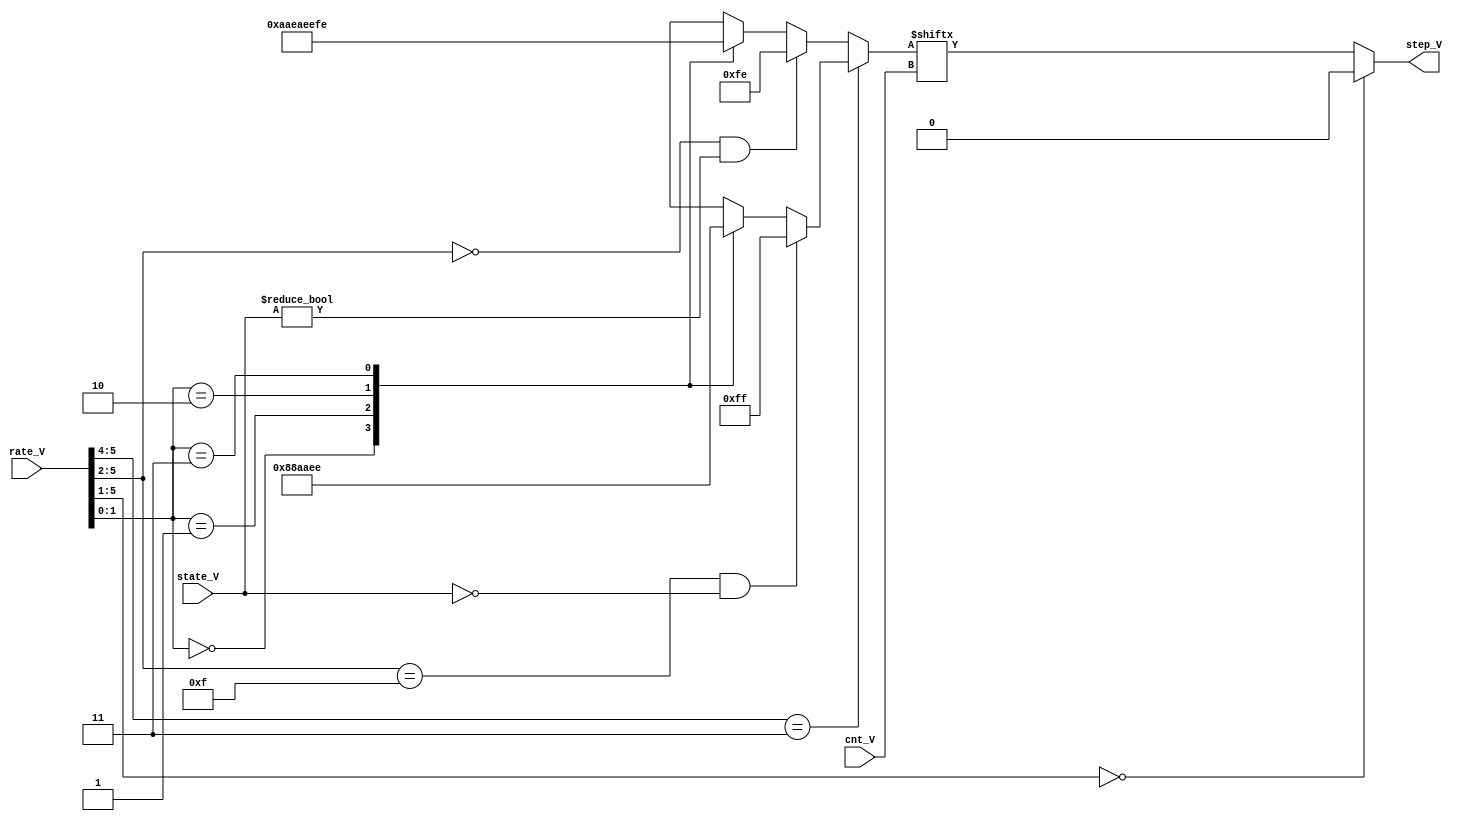
/*
+---------------------------------------------------------------------------------------------------------------------------------------------------------------------------------------+
| Module             | Partition | Slices*       | Slice Reg     | LUTs          | LUTRAM        | BRAM/FIFO | DSP48A1 | BUFG  | BUFIO | BUFR  | DCM   | PLL_ADV   | Full Hierarchical  |
+---------------------------------------------------------------------------------------------------------------------------------------------------------------------------------------+
| eg_step/           |           | 3/3           | 0/0           | 7/7           | 0/0           | 0/0       | 0/0     | 0/0   | 0/0   | 0/0   | 0/0   | 0/0       | eg_step            |
+---------------------------------------------------------------------------------------------------------------------------------------------------------------------------------------+
*/

module eg_step(
	input [2:0] state_V,
	input [5:0] rate_V,
	input [2:0] cnt_V,
	output reg step_V
);

localparam ATTACK=3'd0, DECAY1=3'd1, DECAY2=3'd2, RELEASE=3'd7, HOLD=3'd3;
reg [7:0] step_idx;

always @(*) begin : rate_step
	if( rate_V[5:4]==2'b11 ) begin // 0 means 1x, 1 means 2x
		if( rate_V[5:2]==4'hf && state_V == ATTACK)
			step_idx = 8'b11111111; // Maximum attack speed, rates 60&61
		else
		case( rate_V[1:0] )
			2'd0: step_idx = 8'b00000000;
			2'd1: step_idx = 8'b10001000; // 2
			2'd2: step_idx = 8'b10101010; // 4
			2'd3: step_idx = 8'b11101110; // 6
		endcase
	end
	else begin
		if( rate_V[5:2]==4'd0 && state_V != ATTACK)
			step_idx = 8'b11111110; // limit slowest decay rate_IV
		else
		case( rate_V[1:0] )
			2'd0: step_idx = 8'b10101010; // 4
			2'd1: step_idx = 8'b11101010; // 5
			2'd2: step_idx = 8'b11101110; // 6
			2'd3: step_idx = 8'b11111110; // 7
		endcase
	end
	// a rate_IV of zero keeps the level still
	step_V = rate_V[5:1]==5'd0 ? 1'b0 : step_idx[ cnt_V ];
end

endmodule // eg_step